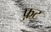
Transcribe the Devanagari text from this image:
फ़ट